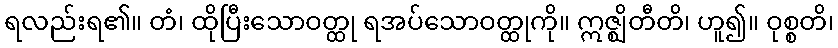
ရလည်းရ၏။ တံ၊ ထိုပြီးသောဝတ္ထု ရအပ်သောဝတ္ထုကို။ ဣဇ္ဈိတီတိ၊ ဟူ၍။ ဝုစ္စတိ၊